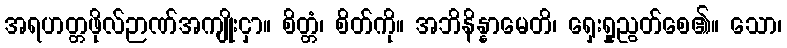
အရဟတ္တဖိုလ်ဉာဏ်အကျိုးငှာ။ စိတ္တံ၊ စိတ်ကို။ အဘိနိန္နာမေတိ၊ ရှေးရှုညွတ်စေ၏။ သော၊